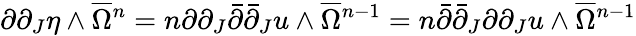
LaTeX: \partial\partial_{J}\eta\wedge\overline{{\Omega}}{\mathstrut}^{n}=n\partial\partial_{J}\bar{\partial}\bar{\partial}_{J}u\wedge\overline{{\Omega}}{\mathstrut}^{n-1}=n\bar{\partial}\bar{\partial}_{J}\partial\partial_{J}u\wedge\overline{{\Omega}}{\mathstrut}^{n-1}